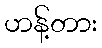
ဟန့်တား